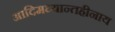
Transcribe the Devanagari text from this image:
आदिमध्यान्तहीनाय